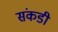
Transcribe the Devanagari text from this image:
संकडी